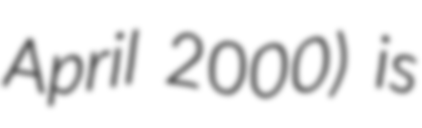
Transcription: April 2000) is